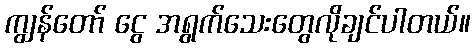
ကျွန်တော် ငွေ အရွက်သေးတွေလိုချင်ပါတယ်။